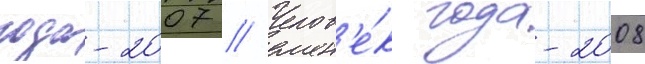
года-2007 // Челов'е́к года-2008